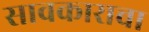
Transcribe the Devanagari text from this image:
सावकाराचा